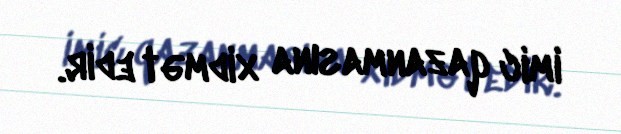
imic qazanmasına xidmət edir.